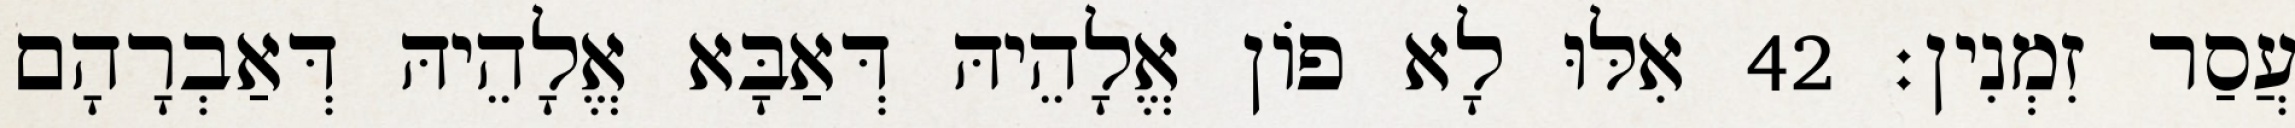
עֲסַר זִמְנִין׃ 42 אִלּוּ לָא פוֹן אֱלָהֵיהּ דְּאַבָּא אֱלָהֵיהּ דְּאַבְרָהָם